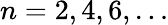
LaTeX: n=2,4,6,\ldots